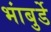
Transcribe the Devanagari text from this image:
भांबुर्डे